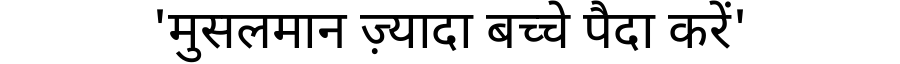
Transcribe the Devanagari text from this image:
'मुसलमान ज़्यादा बच्चे पैदा करें'